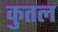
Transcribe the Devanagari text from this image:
कुतल